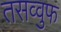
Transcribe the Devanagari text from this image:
तसव्‍वुफ